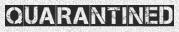
QUARANTINED